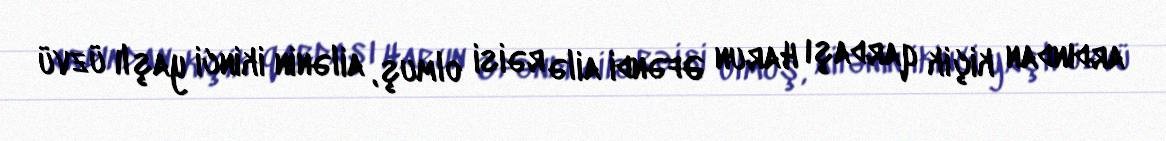
ardından kiçik qardaşı Harun Əfəndi ailə rəisi olmuş, ailənin ikinci yaşlı üzvü